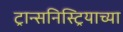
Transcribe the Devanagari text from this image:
ट्रान्सनिस्ट्रियाच्या